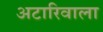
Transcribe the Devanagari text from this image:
अटारिवाला